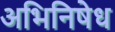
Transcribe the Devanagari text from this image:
अभिनिषेध